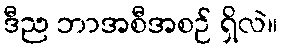
ဒီည ဘာအစီအစဉ် ရှိလဲ။